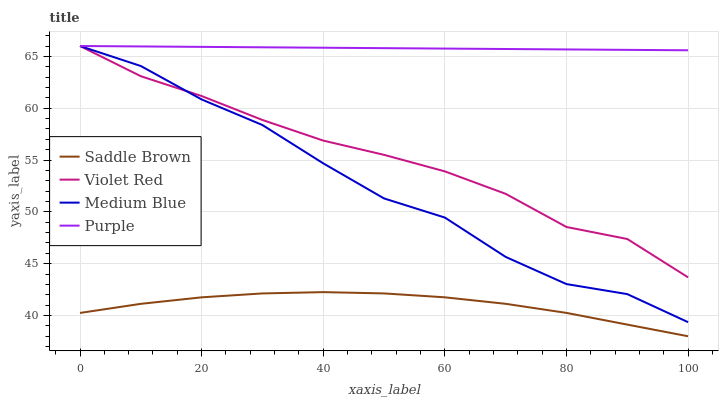
| xaxis_label | Saddle Brown | Violet Red | Medium Blue | Purple |
 | --- | --- | --- | --- | --- |
 | 0 | 40.2 | 66 | 66 | 66 |
 | 10 | 41.1 | 63.1 | 64.1 | 66 |
 | 20 | 41.8 | 61.2 | 60.8 | 65.9 |
 | 30 | 42.1 | 58.9 | 58.4 | 65.9 |
 | 40 | 42.3 | 56.9 | 54.7 | 65.8 |
 | 50 | 42.1 | 55.5 | 51.3 | 65.8 |
 | 60 | 41.8 | 53.9 | 49.4 | 65.8 |
 | 70 | 41.1 | 51.7 | 45.7 | 65.7 |
 | 80 | 40.3 | 48.5 | 43 | 65.7 |
 | 90 | 39.1 | 47.4 | 42.1 | 65.6 |
 | 100 | 38 | 43.7 | 39.4 | 65.6 |